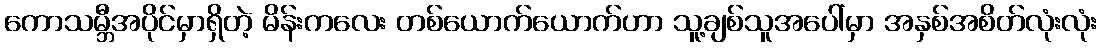
ကောသမ္ဘီအပိုင်မှာရှိတဲ့ မိန်းကလေး တစ်ယောက်ယောက်ဟာ သူ့ချစ်သူအပေါ်မှာ အနှစ်အစိတ်လုံးလုံး